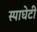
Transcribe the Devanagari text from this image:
स्पाघेटी